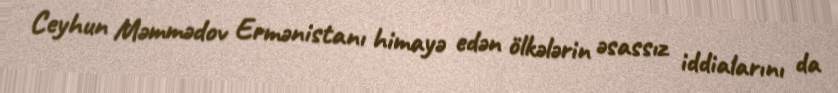
Ceyhun Məmmədov Ermənistanı himayə edən ölkələrin əsassız iddialarını da